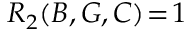
R _ { 2 } ( B , G , C ) \! = \! 1